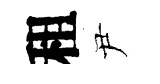
租尹